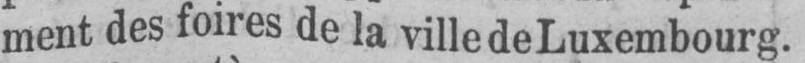
ment des foires de la ville de Luxembourg.